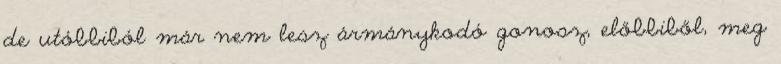
de utóbbiból már nem lesz ármánykodó gonosz, előbbiből, meg